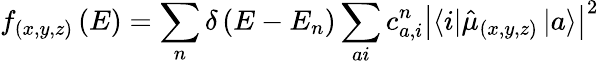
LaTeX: f_{(x,y,z)}\left(E\right)=\sum_{n}\delta\left(E-E_{n}\right)\sum_{ai}c_{a,i}^{n}\left\vert\left\langle i\right\vert\hat{\mu}_{(x,y,z)}\left\vert a\right\rangle\right\vert^{2}